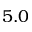
5 . 0